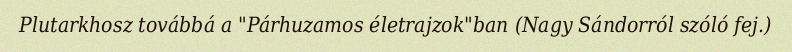
Plutarkhosz továbbá a "Párhuzamos életrajzok"ban (Nagy Sándorról szóló fej.)